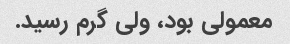
معمولی بود، ولی گرم رسید.